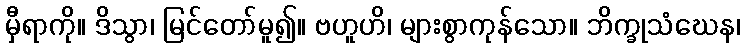
မှီရာကို။ ဒိသွာ၊ မြင်တော်မူ၍။ ဗဟူဟိ၊ များစွာကုန်သော။ ဘိက္ခုသံဃေန၊